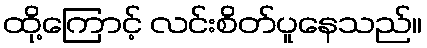
ထို့ကြောင့် လင်းစိတ်ပူနေသည်။